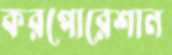
করপোরেশান